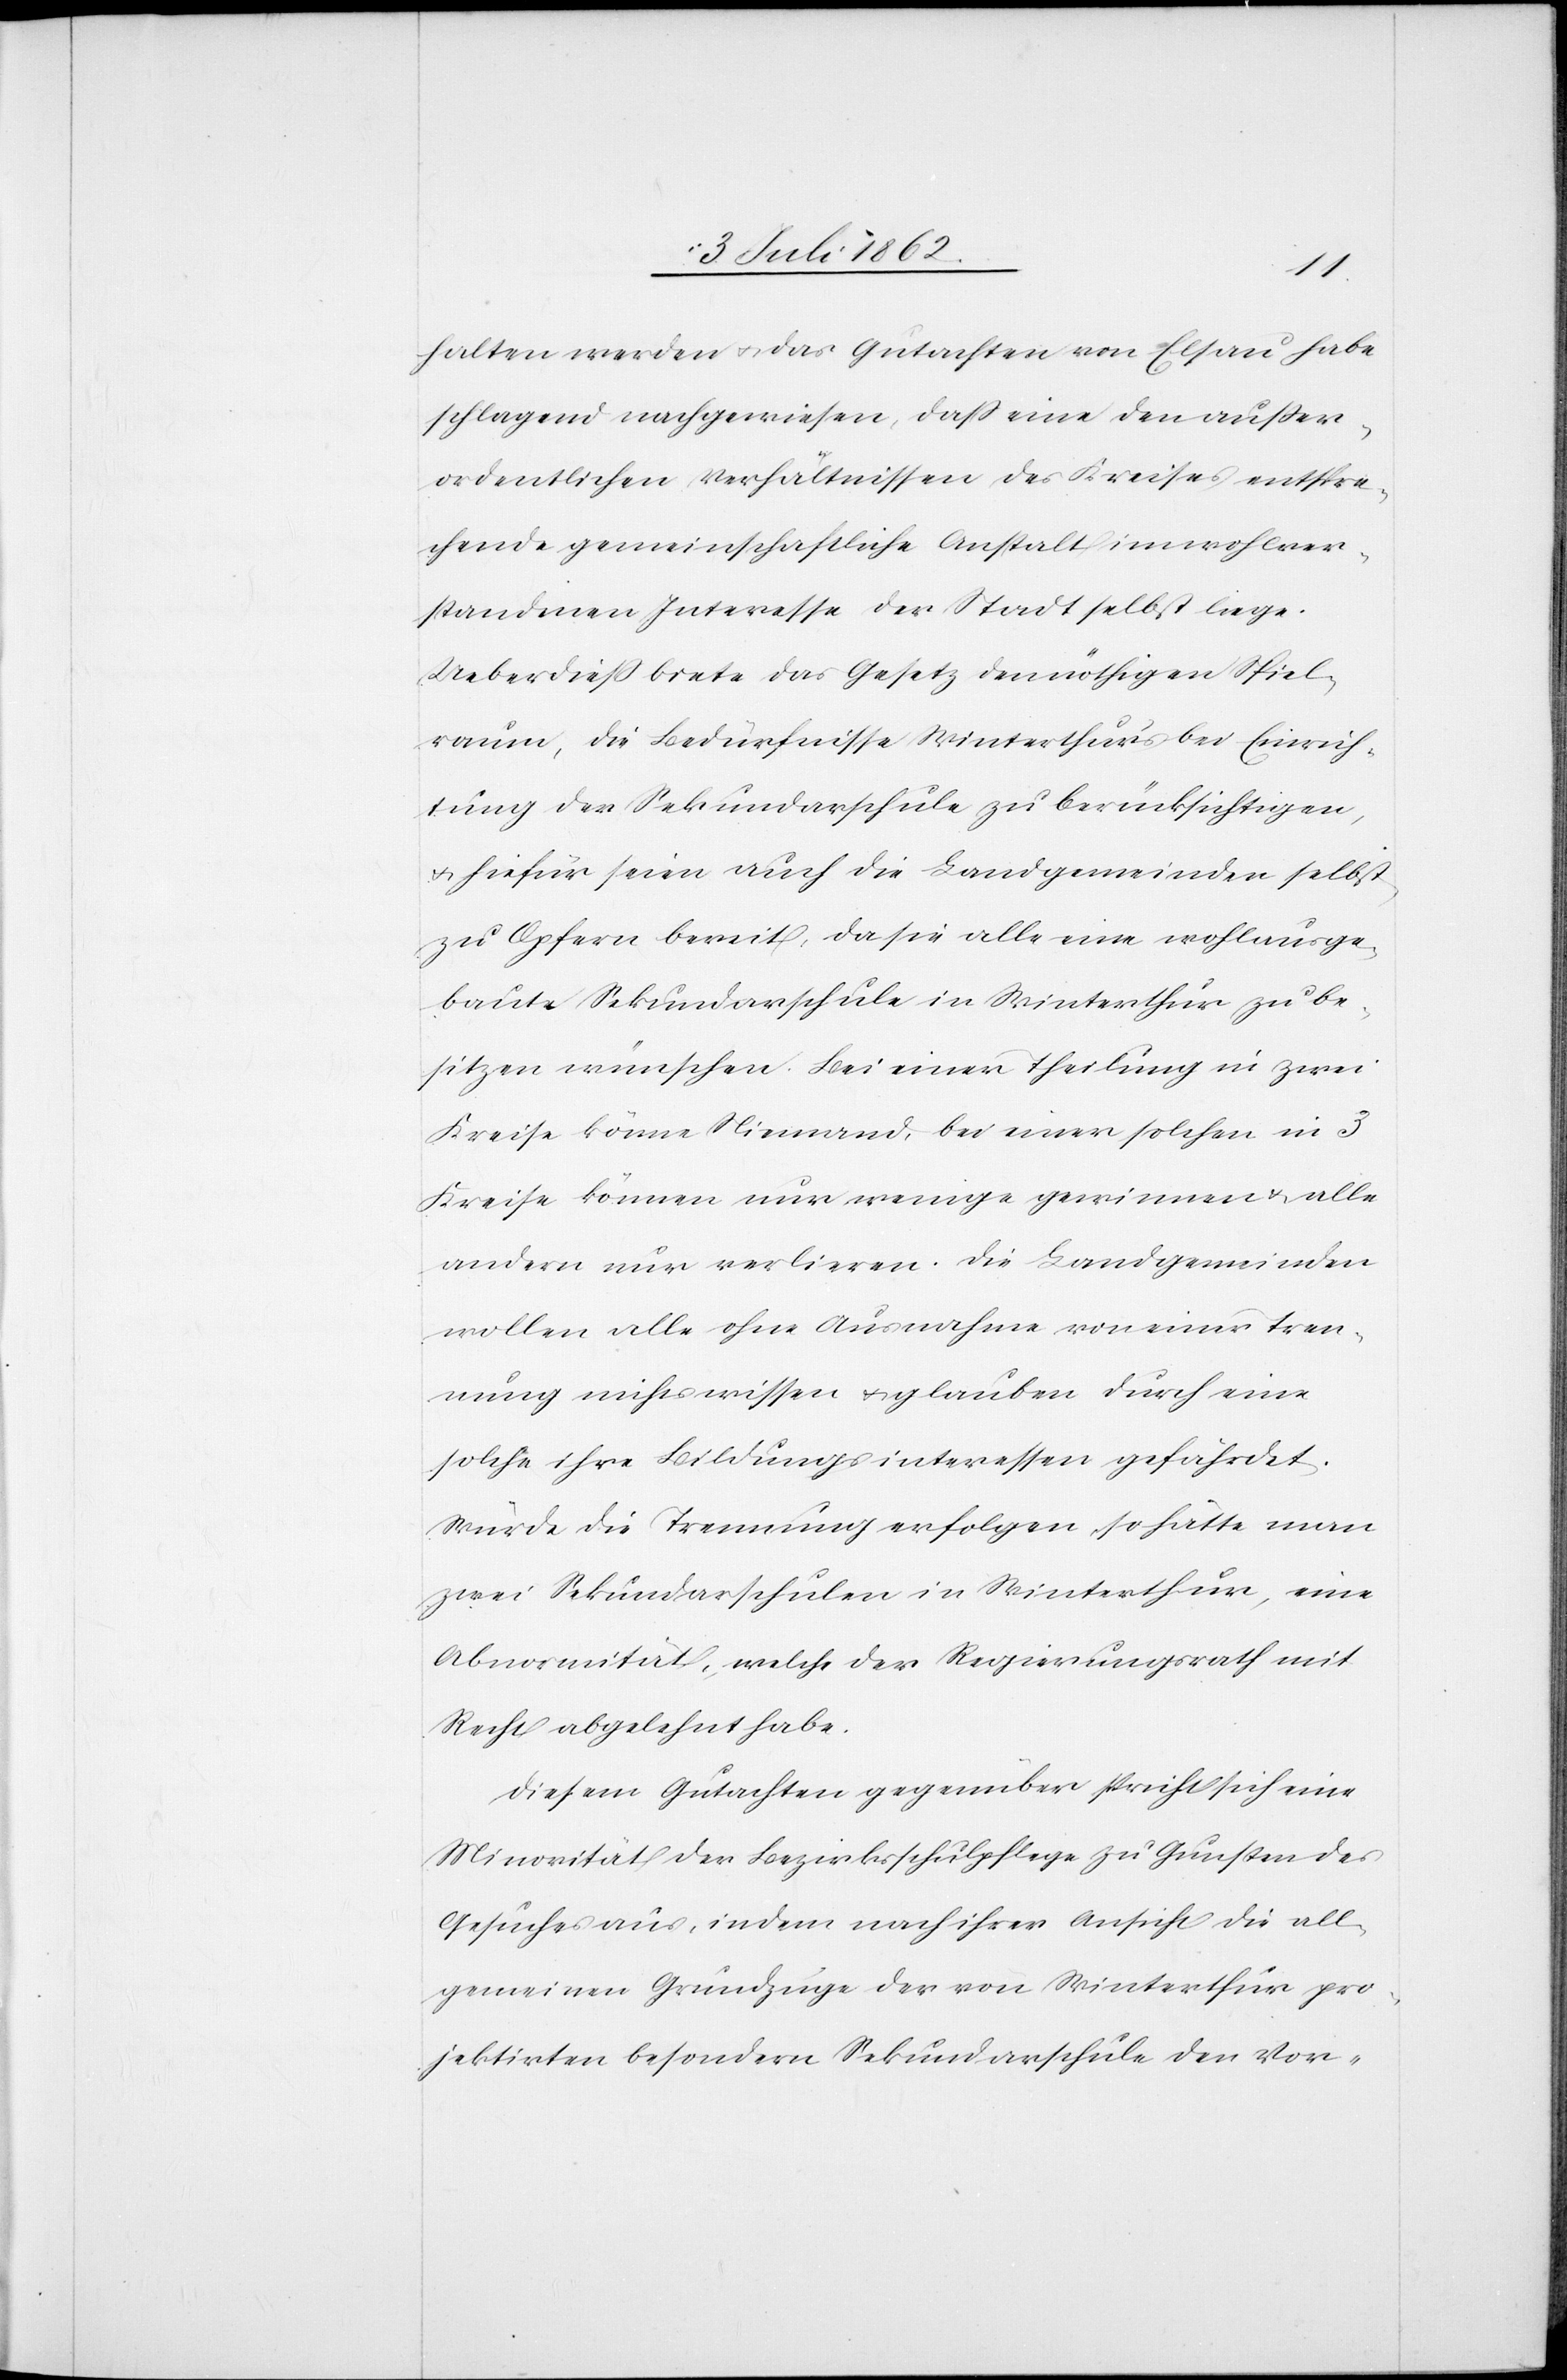
halten werden u. das Gutachten von Elsau habe
schlagend nachgewiesen, daß eine den außer¬
ordentlichen Verhältnissen des Kreises entspre¬
chende gemeinschaftliche Anstalt im wohlver¬
standenen Interesse der Stadt selbst liege.
Ueberdieß biete das Gesetz den nöthigen Spiel¬
raum, die Bedürfnisse Winterthur’s bei Einrich¬
tung der Sekundarschule zu berücksichtigen,
u. hiefür seien auch die Landgemeinden selbst
zu Opfern bereit, da sie alle eine wohlausge¬
baute Sekundarschule in Winterthur zu be¬
sitzen wünschen. Bei einer Theilung in zwei
Kreise könne Niemand, bei einer solchen in 3
Kreise können nur wenige gewinnen u. alle
andern nur verlieren. Die Landgemeinden
wollen alle ohne Ausnahme von einer Tren¬
nung nichts wissen u. glauben durch eine
solche ihre Bildungsinteressen gefährdet.
Würde die Trennung erfolgen so hätte man
zwei Sekundarschulen in Winterthur, eine
Abnormität, welche der Regierungsrath mit
Recht abgelehnt habe.
Diesem Gutachten gegenüber spricht sich eine
Minorität der Bezirksschulpflege zu Gunsten des
Gesuches aus, indem nach ihrer Ansicht die all¬
gemeinen Grundzüge der von Winterthur pro¬
jektirten besondern Sekundarschule den Vor-